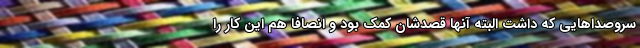
سروصداهایی که داشت البته آنها قصدشان کمک بود و انصافا هم این کار را